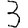
Digit: 3